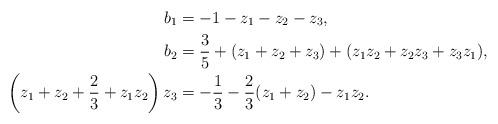
LaTeX: \begin{align*}b_1 & =-1-z_1-z_2-z_3,\\b_2 &=\frac{3}{5}+(z_1+z_2+z_3)+(z_1z_2+z_2z_3+z_3z_1),\\\left(z_1+z_2+\frac{2}{3}+z_1z_2 \right)z_3 &=-\frac{1}{3}-\frac{2}{3} (z_1+z_2)-z_1z_2.\end{align*}